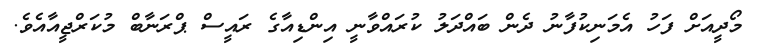
މޯދީއަށް ފަހު އެމަނިކުފާނު ދެން ބައްދަލު ކުރައްވާނީ އިންޑިއާގެ ރައީސް ޕްރަނާބް މުކަރްޖީއާއެވެ.